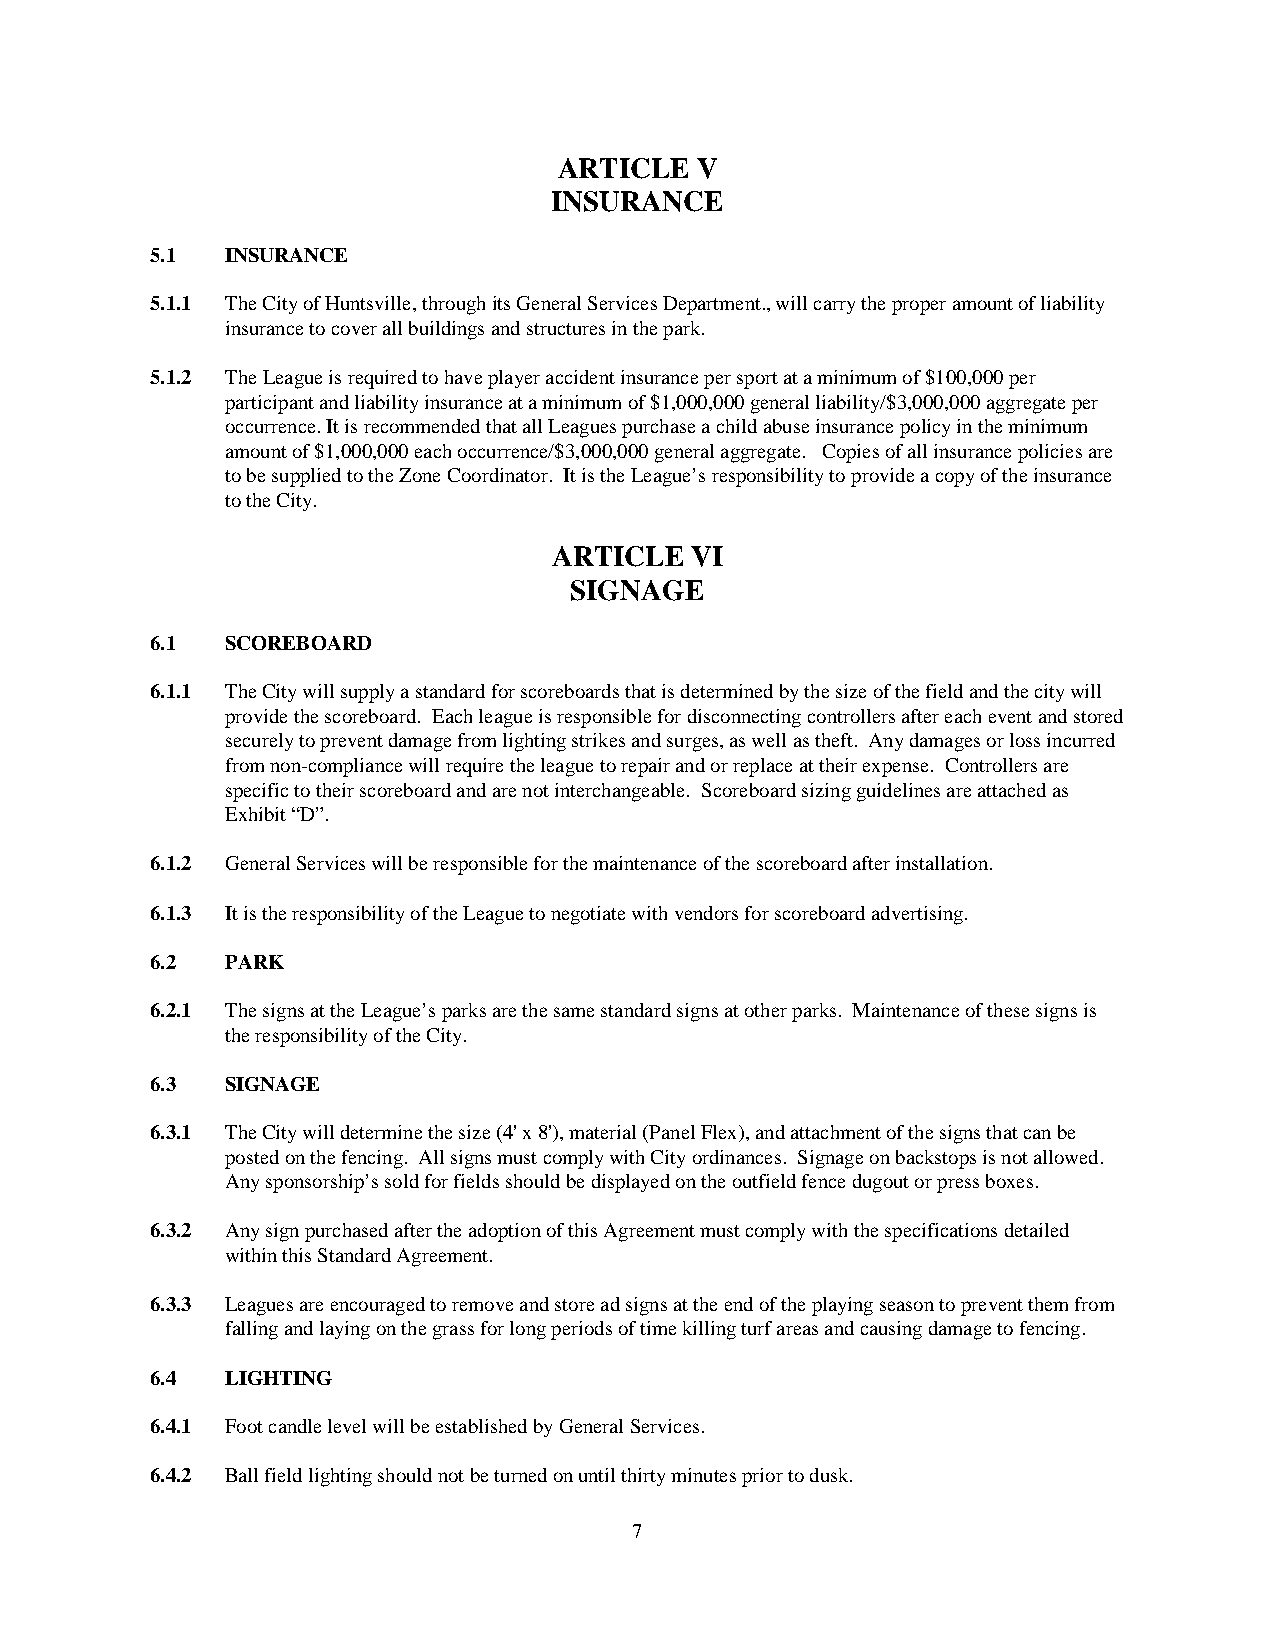
ARTICLE  V
 INSURANCE
 5.1  INSURANCE
 5.1.1 The City of Huntsville, through its General Services Department., will carry the proper amount of liability
 insurance to cover all buildings and structures in the park.
 5.1.2 The League is required to have player accident insurance per sport at a minimum of $100,000 per
 participant and liability insurance at a minimum of $1,000,000 general liability/$3,000,000 aggregate per
 occurrence. It is recommended that all Leagues purchase a child abuse insurance policy in the minimum
 amount of $1,000,000 each occurrence/$3,000,000 general aggregate. Copies of all insurance policies are
 to be supplied to the Zone Coordinator. It is the League’s responsibility to provide a copy of the insurance
 to the City.
 ARTICLE  VI
 SIGNAGE
 6.1  SCOREBOARD
 6.1.1 The City will supply a standard for scoreboards that is determined by the size of the field and the city will
 provide the scoreboard. Each league is responsible for disconnecting controllers after each event and stored
 securely to prevent damage from lighting strikes and surges, as well as theft. Any damages or loss incurred
 from non-compliance will require the league to repair and or replace at their expense. Controllers are
 specific to their scoreboard and are not interchangeable. Scoreboard sizing guidelines are attached as
 Exhibit “D”.
 6.1.2 General Services will be responsible for the maintenance of the scoreboard after installation.
 6.1.3 It is the responsibility of the League to negotiate with vendors for scoreboard advertising.
 6.2  PARK
 6.2.1 The signs at the League’s parks are the same standard signs at other parks. Maintenance of these signs is
 the responsibility of the City.
 6.3  SIGNAGE
 6.3.1 The City will determine the size (4' x 8'), material (Panel Flex), and attachment of the signs that can be
 posted on the fencing. All signs must comply with City ordinances. Signage on backstops is not allowed.
 Any sponsorship’s sold for fields should be displayed on the outfield fence dugout or press boxes.
 6.3.2 Any sign purchased after the adoption of this Agreement must comply with the specifications detailed
 within this Standard Agreement.
 6.3.3 Leagues are encouraged to remove and store ad signs at the end of the playing season to prevent them from
 falling and laying on the grass for long periods of time killing turf areas and causing damage to fencing.
 6.4  LIGHTING
 6.4.1 Foot candle level will be established by General Services.
 6.4.2 Ball field lighting should not be turned on until thirty minutes prior to dusk.
 7